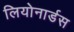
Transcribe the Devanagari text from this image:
लियोनार्डस